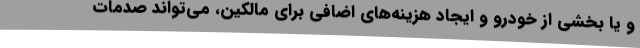
و یا بخشی از خودرو و ایجاد هزینه‌های اضافی برای مالکین، می‌تواند صدمات